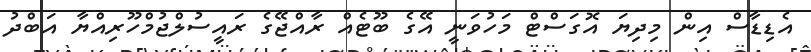
އެޑިޑާސް އިން މިދިޔަ އޮގަސްޓް މަހުވަނީ އޭގެ ބޫޓެއް ރާއްޖޭގެ ރައީސުލްޖުމްހޫރިއްޔާ އަބްދު